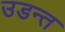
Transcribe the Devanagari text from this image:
उडन्त